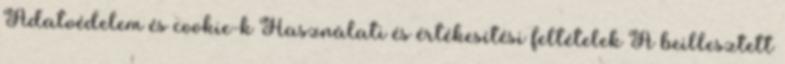
Adatvédelem és cookie-k Használati és értékesítési feltételek A beillesztett